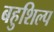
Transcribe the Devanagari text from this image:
बहुशिल्प